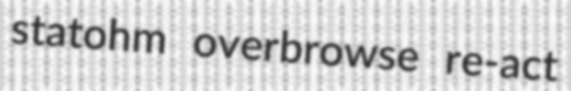
statohm overbrowse re-act